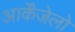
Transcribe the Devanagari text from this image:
आर्केंजेलो